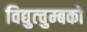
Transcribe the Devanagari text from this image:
विद्युत्चुम्बकों